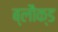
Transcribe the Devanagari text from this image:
ब्लौक्ड